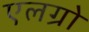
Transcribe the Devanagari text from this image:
एलग्रो